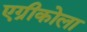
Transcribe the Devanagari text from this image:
एग्रीकोला